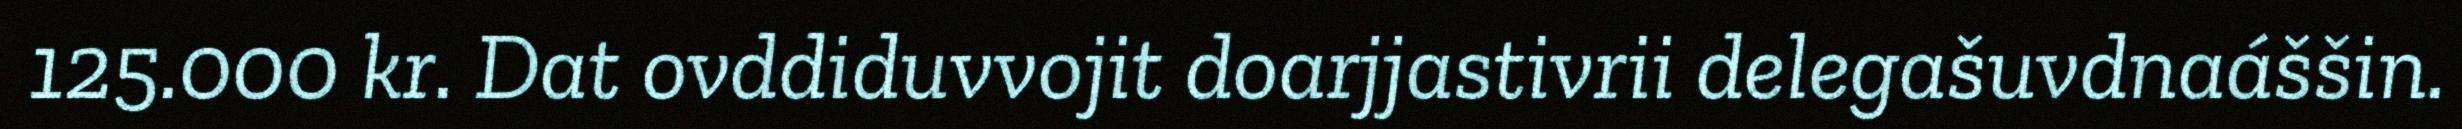
125.000 kr. Dat ovddiduvvojit doarjjastivrii delegašuvdnaáššin.